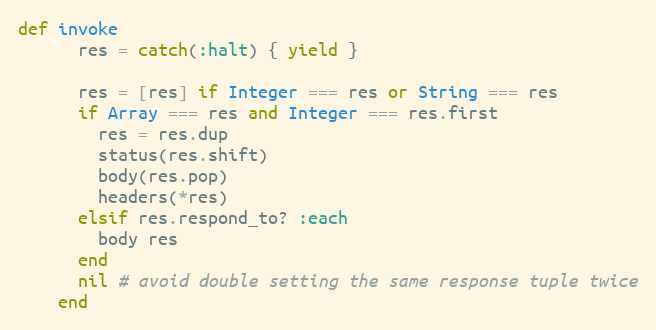
Language: Ruby
def invoke
      res = catch(:halt) { yield }

      res = [res] if Integer === res or String === res
      if Array === res and Integer === res.first
        res = res.dup
        status(res.shift)
        body(res.pop)
        headers(*res)
      elsif res.respond_to? :each
        body res
      end
      nil # avoid double setting the same response tuple twice
    end